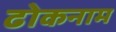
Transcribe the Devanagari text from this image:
ढोकनाम